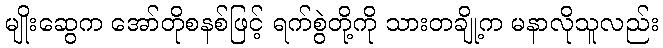
မျိုးဆွေက အော်တိုစနစ်ဖြင့် ရက်စွဲတို့ကို သားတချို့က မနာလိုသူလည်း